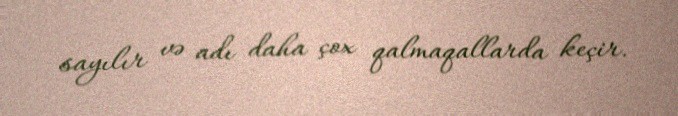
sayılır və adı daha çox qalmaqallarda keçir.